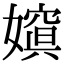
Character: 𡡨